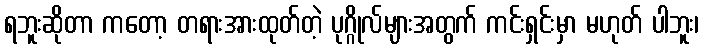
ရဘူးဆိုတာ ကတော့ တရားအားထုတ်တဲ့ ပုဂ္ဂိုလ်များအတွက် ကင်းရှင်းမှာ မဟုတ် ပါဘူး၊